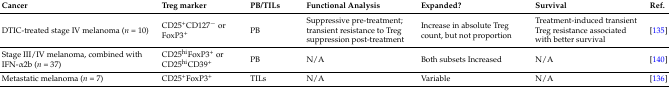
| Cancer | Treg marker | PB/TILs | Functional Analysis | Expanded? | Survival | Ref. |
 | --- | --- | --- | --- | --- | --- | --- |
 | DTIC-treated stage IV melanoma (n = 10) | CD25+CD127− or FoxP3+ | PB | Suppressive pre-treatment; transient resistance to Treg suppression post-treatment | Increase in absolute Treg count, but not proportion | Treatment-induced transient Treg resistance associated with better survival | [135] |
 | Stage III/IV melanoma, combined with IFN-α2b (n = 37) | CD25hiFoxP3+ or CD25hiCD39+ | PB | N/A | Both subsets Increased | N/A | [140] |
 | Metastatic melanoma (n = 7) | CD25+FoxP3+ | TILs | N/A | Variable | N/A | [136] |